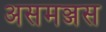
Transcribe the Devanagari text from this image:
असमञ्जस